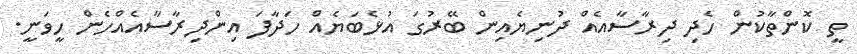
ތީ ކޮންތާކުން ހެދި ދިރާސާއެއް ދުނިޔެއިން ބޭރުގަ އުޅެބަޔެއް ހަދާފަ އިންދިރާސާއެއްހެން ހީވަނީ.